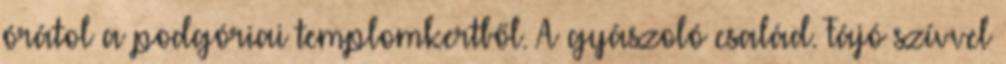
órátol a podgóriai templomkertből. A gyászoló család. Fájó szívvel